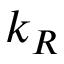
k _ { R }